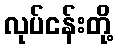
လုပ်ငန်းတို့